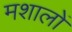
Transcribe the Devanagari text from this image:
मशालों